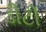
ડીટી